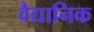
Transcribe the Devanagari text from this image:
वैद्यानिक